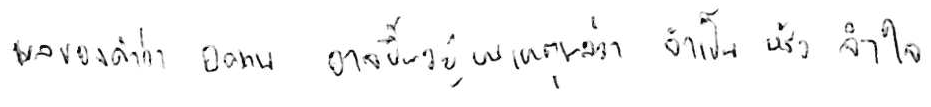
ผลของคำว่า อดทน อาจขึ้นอยู่บนเหตุผลว่า จำเป็น หรือ จำใจ